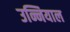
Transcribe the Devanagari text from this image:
उन्नियाल